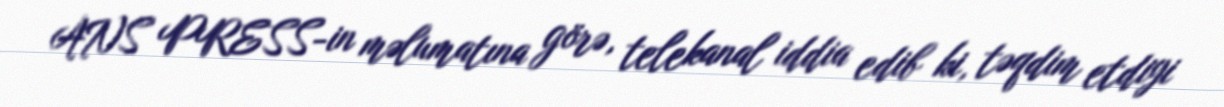
ANS PRESS-in məlumatına görə, telekanal iddia edib ki, təqdim etdiyi